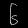
Digit: ၆